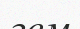
гем